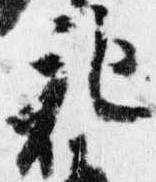
記